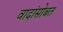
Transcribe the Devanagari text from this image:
वादांसोबत